Scientific memoirs by medical officers of the Army of India - Part III,
Year: 1887
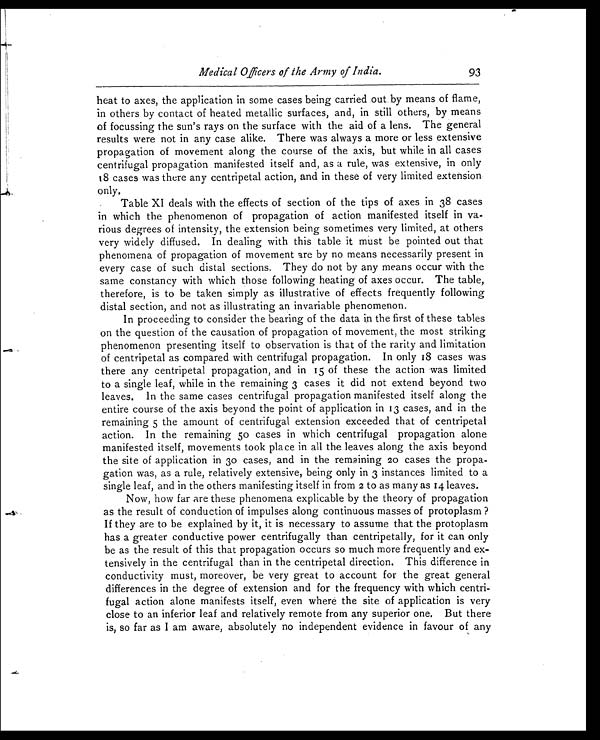
Medical Officers of the Army of India.
heat to axes, the application in some cases being carried out by means of flame,
in others by contact of heated metallic surfaces, and, in still others, by means
of focussing the sun's rays on the surface with the aid of a lens. The general
results were not in any case alike. There was always a more or less extensive
propagation of movement along the course of the axis, but while in all cases
centrifugal propagation manifested itself and, as a rule, was extensive, in only
18 cases was there any centripetal action, and in these of very limited extension
only.
Table XI deals with the effects of section of the tips of axes in 38 cases
in which the phenomenon of propagation of action manifested itself in va-
rious degrees of intensity, the extension being sometimes very limited, at others
very widely diffused. In dealing with this table it must be pointed out that
phenomena of propagation of movement are by no means necessarily present in
every case of such distal sections. They do not by any means occur with the
same constancy with which those following heating of axes occur. The table,
therefore, is to be taken simply as illustrative of effects frequently following
distal section, and not as illustrating an invariable phenomenon.
In proceeding to consider the bearing of the data in the first of these tables
on the question of the causation of propagation of movement, the most striking
phenomenon presenting itself to observation is that of the rarity and limitation
of centripetal as compared with centrifugal propagation. In only 18 cases was
there any centripetal propagation, and in 15 of these the action was limited
to a single leaf, while in the remaining 3 cases it did not extend beyond two
leaves. In the same cases centrifugal propagation manifested itself along the
entire course of the axis beyond the point of application in 13 cases, and in the
remaining 5 the amount of centrifugal extension exceeded that of centripetal
action. In the remaining 50 cases in which centrifugal propagation alone
manifested itself, movements took place in all the leaves along the axis beyond
the site of application in 30 cases, and in the remaining 20 cases the propa-
gation was, as a rule, relatively extensive, being only in 3 instances limited to a
single leaf, and in the others manifesting itself in from 2 to as many as 14 leaves.
Now, how far are these phenomena explicable by the theory of propagation
as the result of conduction of impulses along continuous masses of protoplasm ?
If they are to be explained by it, it is necessary to assume that the protoplasm
has a greater conductive power centrifugally than centripetally, for it can only
be as the result of this that propagation occurs so much more frequently and ex-
tensively in the centrifugal than in the centripetal direction. This difference in
conductivity must, moreover, be very great to account for the great general
differences in the degree of extension and for the frequency with which centri-
fugal action alone manifests itself, even where the site of application is very
close to an inferior leaf and relatively remote from any superior one. But there
is, so far as I am aware, absolutely no independent evidence in favour of any
93